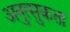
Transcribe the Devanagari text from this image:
अनुत्सुकता